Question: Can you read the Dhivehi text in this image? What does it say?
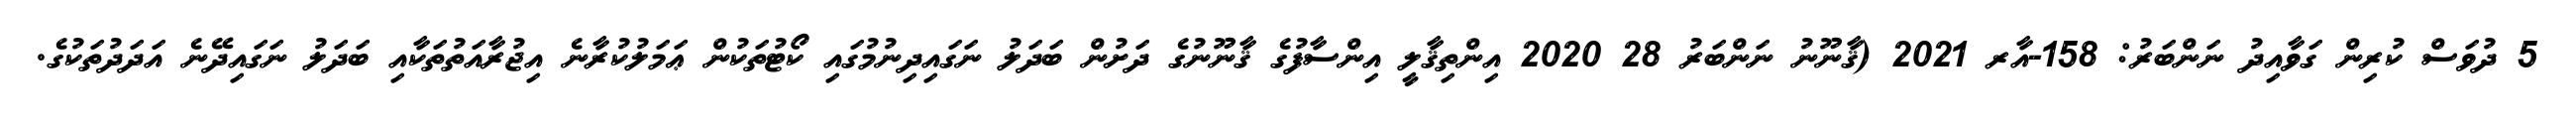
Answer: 5 ދުވަސް ކުރިން ގަވާއިދު ނަންބަރު: 158-އާރ 2021 (ޤާނޫނު ނަންބަރު 28 2020 އިންތިޤާލީ އިންސާފުގެ ޤާނޫނުގެ ދަށުން ބަދަލު ނަގައިދިނުމުގައި ކޯޓުތަކުން ޢަމަލުކުރާނެ އިޖުރާއަތުތަކާއި ބަދަލު ނަގައިދޭނެ އަދަދުތަކުގެ.